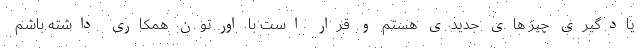
یادگیری چیز های جدیدی هستم و قرار است با اورتون همکاری داشته باشم